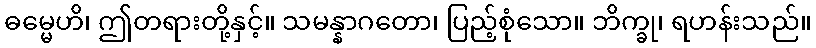
ဓမ္မေဟိ၊ ဤတရားတို့နှင့်။ သမန္နာဂတော၊ ပြည့်စုံသော။ ဘိက္ခု၊ ရဟန်းသည်။